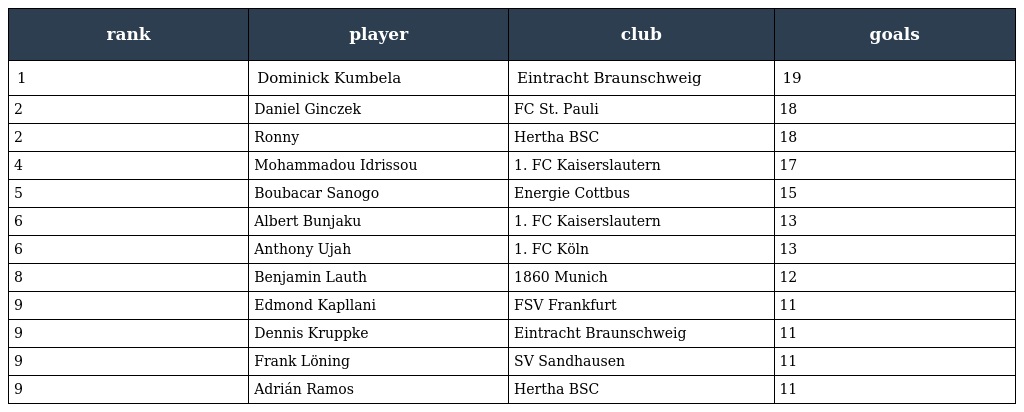
| rank | player | club | goals |
 | --- | --- | --- | --- |
 | 1 | Dominick Kumbela | Eintracht Braunschweig | 19 |
 | 2 | Daniel Ginczek | FC St. Pauli | 18 |
 | 2 | Ronny | Hertha BSC | 18 |
 | 4 | Mohammadou Idrissou | 1. FC Kaiserslautern | 17 |
 | 5 | Boubacar Sanogo | Energie Cottbus | 15 |
 | 6 | Albert Bunjaku | 1. FC Kaiserslautern | 13 |
 | 6 | Anthony Ujah | 1. FC Köln | 13 |
 | 8 | Benjamin Lauth | 1860 Munich | 12 |
 | 9 | Edmond Kapllani | FSV Frankfurt | 11 |
 | 9 | Dennis Kruppke | Eintracht Braunschweig | 11 |
 | 9 | Frank Löning | SV Sandhausen | 11 |
 | 9 | Adrián Ramos | Hertha BSC | 11 |